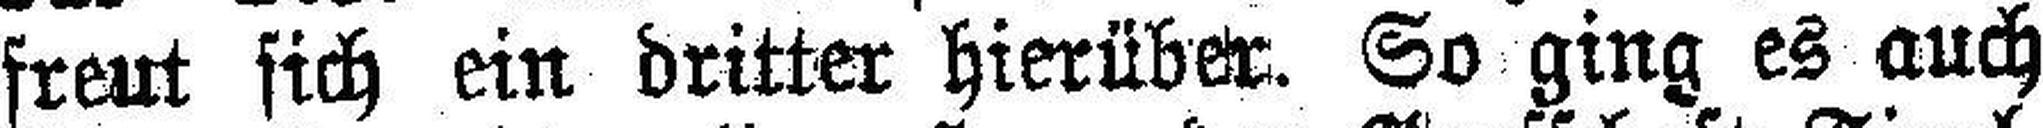
freut sich ein dritter hierüber. So ging es auch